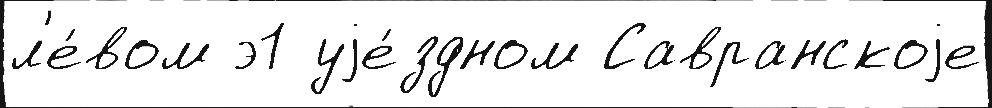
л'е́вом э1 уjе́здном Савранскоjе